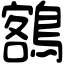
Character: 𪃭